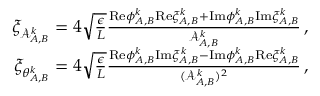
\begin{array} { r } { \xi _ { \mathcal { A } _ { A , B } ^ { k } } = 4 \sqrt { \frac { \epsilon } { L } } \frac { \mathrm { R e } { \phi } _ { A , B } ^ { k } \mathrm { R e } \xi _ { A , B } ^ { k } + \mathrm { I m } { \phi } _ { A , B } ^ { k } \mathrm { I m } \xi _ { A , B } ^ { k } } { \mathcal { A } _ { A , B } ^ { k } } \, , } \\ { \xi _ { \theta _ { A , B } ^ { k } } = 4 \sqrt { \frac { \epsilon } { L } } \frac { \mathrm { R e } { \phi } _ { A , B } ^ { k } \mathrm { I m } \xi _ { A , B } ^ { k } - \mathrm { I m } { \phi } _ { A , B } ^ { k } \mathrm { R e } \xi _ { A , B } ^ { k } } { ( \mathcal { A } _ { A , B } ^ { k } ) ^ { 2 } } \, , } \end{array}